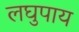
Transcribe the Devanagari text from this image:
लघुपाय